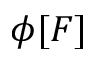
\phi [ F ]